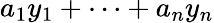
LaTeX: a_{1}y_{1}+\cdots+a_{n}y_{n}